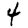
Digit: 4